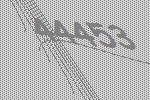
44453